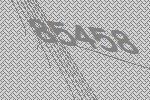
85458